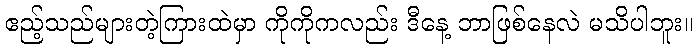
ဧည့်သည်များတဲ့ကြားထဲမှာ ကိုကိုကလည်း ဒီနေ့ ဘာဖြစ်နေလဲ မသိပါဘူး။